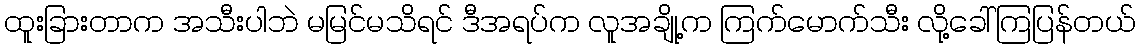
ထူးခြားတာက အသီးပါဘဲ မမြင်မသိရင် ဒီအရပ်က လူအချို့က ကြက်မောက်သီး လို့ခေါ်ကြပြန်တယ်